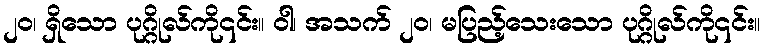
၂၀၊ ရှိသော ပုဂ္ဂိုလ်ကို၎င်း။ ဝါ၊ အသက် ၂၀၊ မပြည့်သေးသော ပုဂ္ဂိုလ်ကို၎င်း။